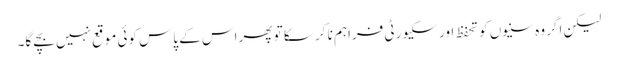
لیکن اگر وہ سنیوں کو تحفظ اور سکیورٹی فراہم نا کر سکا تو پھر اس کے پاس کوئی موقع نہیں بچے گا۔